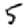
Digit: 5